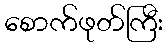
စောက်ဖုတ်ကြီး